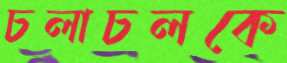
চলাচলকে